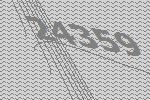
24359